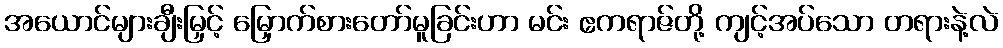
အယောင်များချီးမြှင့် မြှောက်စားတော်မူခြင်းဟာ မင်း ဧကရာဇ်တို့ ကျင့်အပ်သော တရားနဲ့လဲ